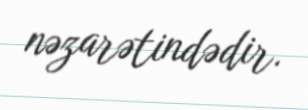
nəzarətindədir.